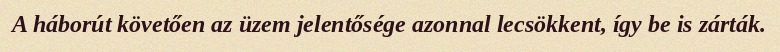
A háborút követően az üzem jelentősége azonnal lecsökkent, így be is zárták.